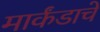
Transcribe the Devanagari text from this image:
मार्कंडाचे